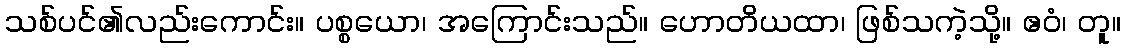
သစ်ပင်၏လည်းကောင်း။ ပစ္စယော၊ အကြောင်းသည်။ ဟောတိယထာ၊ ဖြစ်သကဲ့သို့။ ဧဝံ၊ တူ။